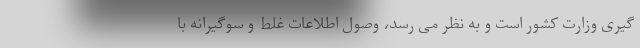
گیری وزارت کشور است و به نظر می رسد، وصول اطلاعات غلط و سوگیرانه با